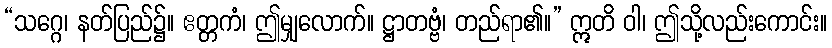
“သဂ္ဂေ၊ နတ်ပြည်၌။ ဧတ္တကံ၊ ဤမျှလောက်။ ဋ္ဌာတဗ္ဗံ၊ တည်ရာ၏။” ဣတိ ဝါ၊ ဤသို့လည်းကောင်း။